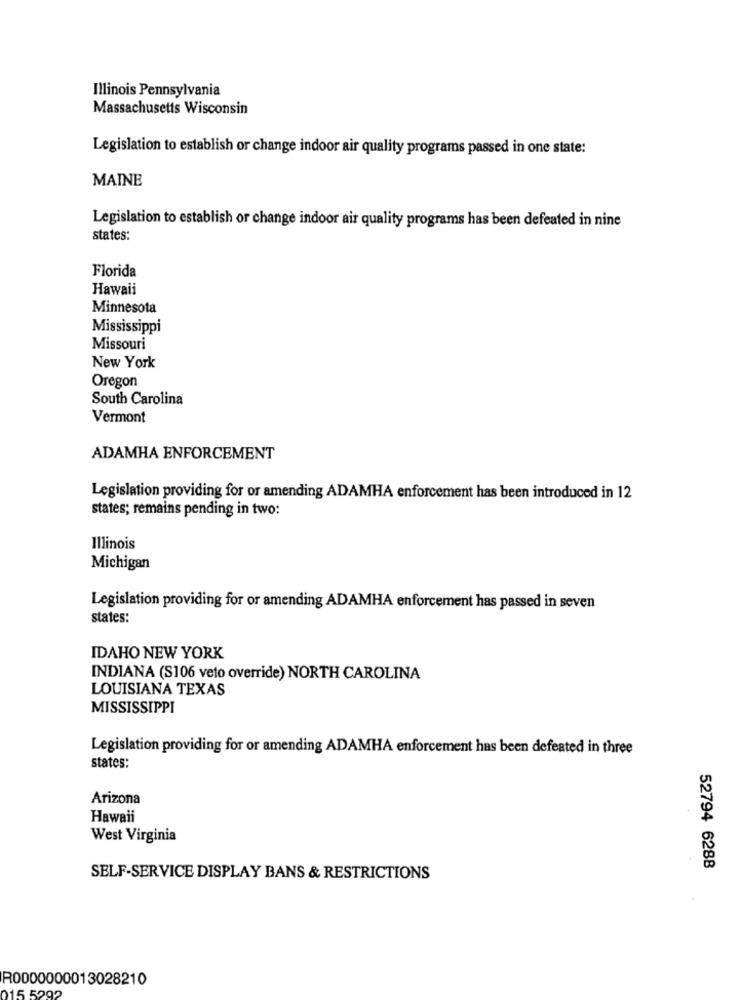
Illinois Pennsylvania
Massachusetts Wisconsin
Legislation to establish or change indoor air quality programs passed in one state:
MAINE
Legislation to establish or change indoor air quality programs has been defeated in nine
states:
Florida
Hawaii
Minnesota
Mississippi
Missouri
New York
Oregon
South Carolina
Vermont
ADAMHA ENFORCEMENT
Legislation providing for or amending ADAMHA enforcement has been introduced in 12
states; remains pending in two:
Illinois
Michigan
Legislation providing for or amending ADAMHA enforcement has passed in seven
states:
IDAHO NEW YORK
INDIANA (S106 veto override) NORTH CAROLINA
LOUISIANA TEXAS
MISSISSIPPI
Legislation providing for or amending ADAMHA enforcement has been defeated in three
states:
Arizona
Hawaii
West Virginia
52794 6288
SELF-SERVICE DISPLAY BANS & RESTRICTIONS
R0000000013028210
015 5292